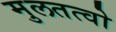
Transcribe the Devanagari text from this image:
मुलतत्वो